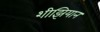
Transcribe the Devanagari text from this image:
शीझियान